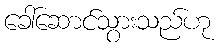
ခေါ်ဆောင်သွားသည်ဟု